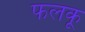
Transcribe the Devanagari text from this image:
फलकू